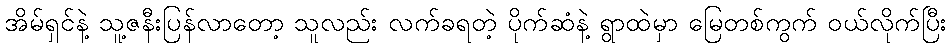
အိမ်ရှင်နဲ့ သူ့ဇနီးပြန်လာတော့ သူလည်း လက်ခရတဲ့ ပိုက်ဆံနဲ့ ရွာထဲမှာ မြေတစ်ကွက် ဝယ်လိုက်ပြီး